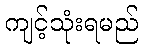
ကျင့်သုံးရမည်